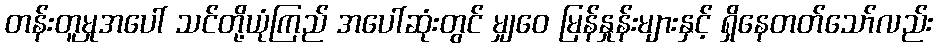
တန်းတူမှုအပေါ် သင်တို့ယုံကြည် အပေါ်ဆုံးတွင် မျှဝေ မြန်နှုန်းများနှင့် ရှိနေတတ်သော်လည်း